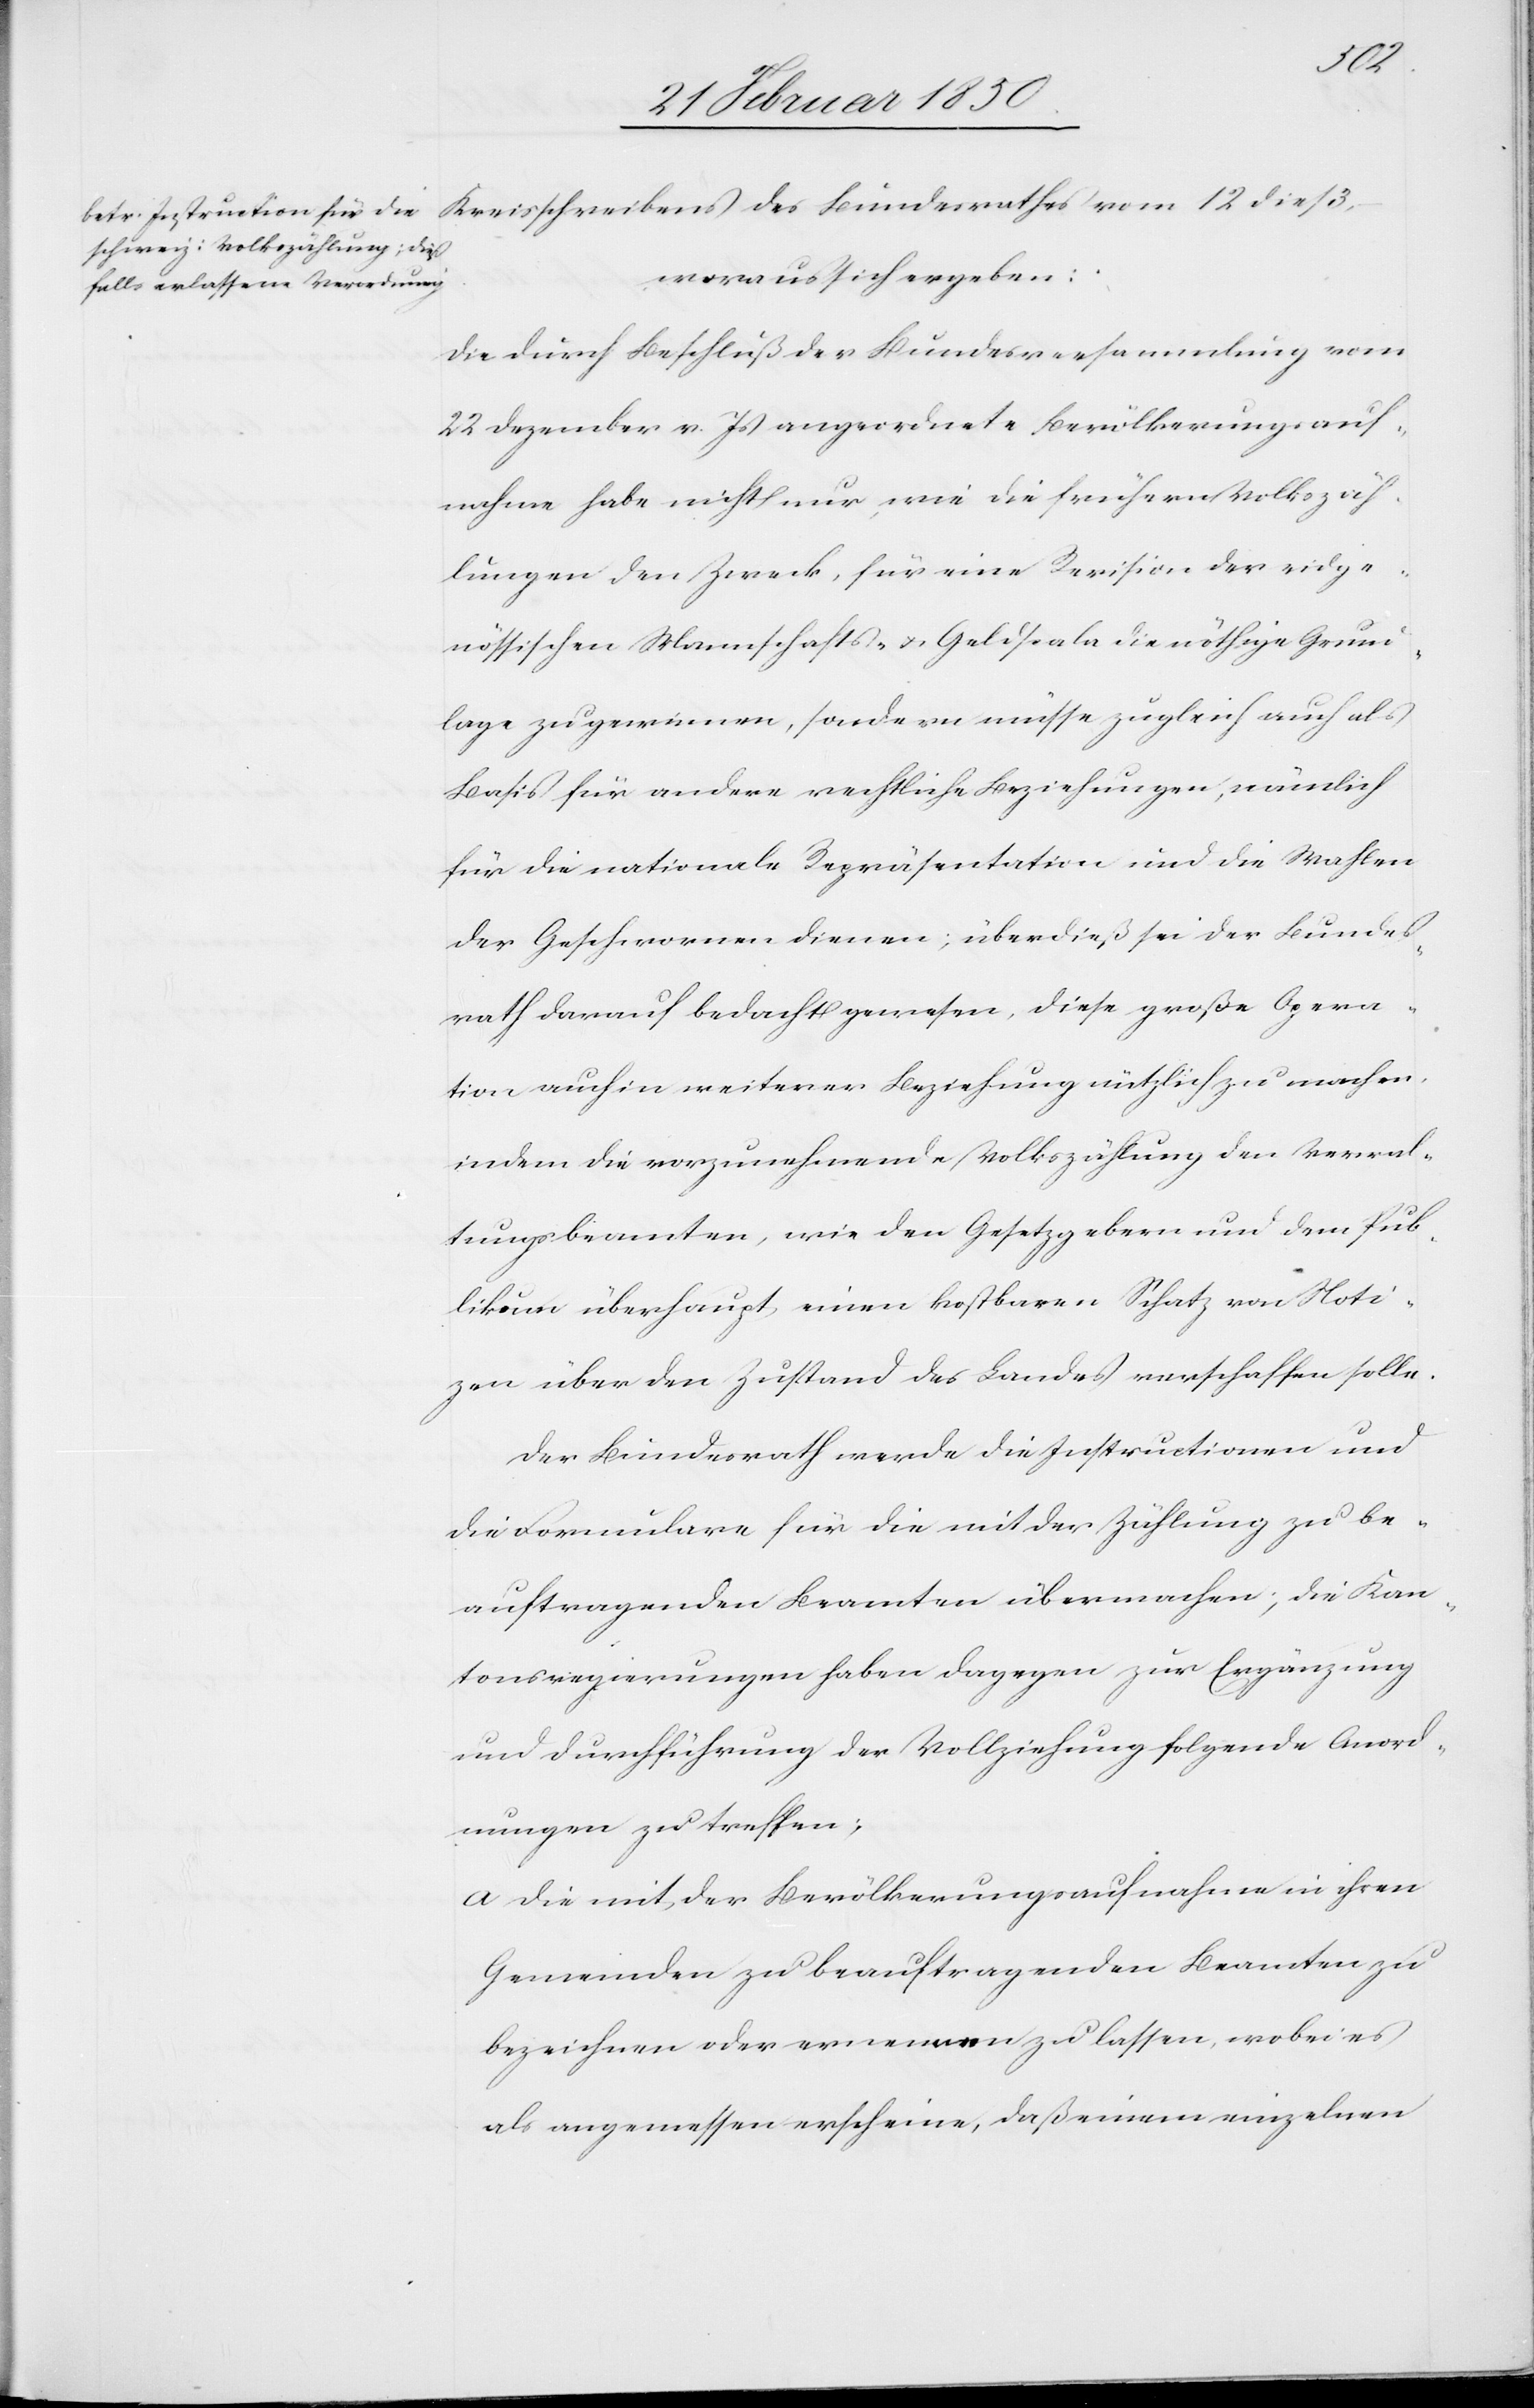
dieß,
woraus sich ergeben:
Die durch Beschluß der Bundesversammlung vom
22 Dezember v. Js angeordnete Bevölkerungsauf¬
nahme habe nicht nur, wie die frühern Volkszäh¬
lungen den Zweck, für eine Revision der eidge¬
nössischen Mannschafts- u. Geldscala die nöthige Grund¬
lage zu gewinnen, sondern müsse zugleich auch als
Basis für andere rechtliche Beziehungen, nämlich
für die nationale Repräsentation und die Wahlen
der Geschwornen dienen; überdieß sei der Bundes¬
rath darauf bedacht gewesen, diese große Opera¬
tion auch in weiterer Beziehung nützlich zu machen,
indem die vorzunehmende Volkszählung den Verwal¬
tungsbeamten, wie den Gesetzgebern und dem Pub¬
likum überhaupt einen kostbaren Schatz von Noti¬
zen über den Zustand des Landes verschaffen solle.
Der Bundesrath werde die Instructionen und
die Formulare für die mit der Zählung zu be¬
auftragenden Beamten übermachen; die Kan¬
tonsregierungen haben dagegen zur Ergänzung
und Durchführung der Vollziehung folgende Anord¬
nungen zu treffen;
a Die mit der Bevölkerungsaufnahme in ihren
Gemeinden zu beauftragenden Beamten zu
bezeichnen oder ernennen zu lassen, wobei es
als angemessen erscheine, daß einem einzelnen